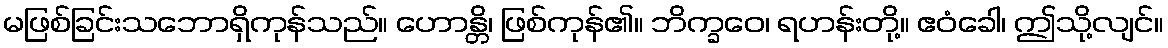
မဖြစ်ခြင်းသဘောရှိကုန်သည်။ ဟောန္တိ၊ ဖြစ်ကုန်၏။ ဘိက္ခဝေ၊ ရဟန်းတို့။ ဧဝံခေါ၊ ဤသို့လျင်။